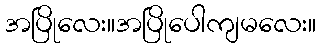
အပြိုလေး။အပြိုပေါကျမလေး။